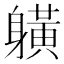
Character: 𨊇